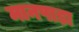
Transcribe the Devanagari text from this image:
मानपाड़ा